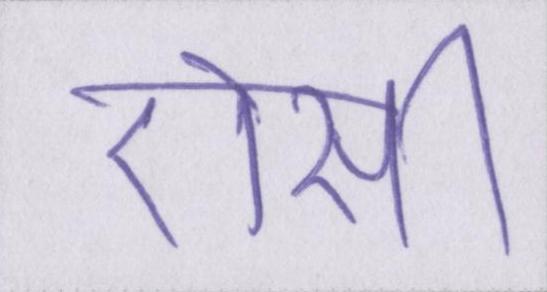
ऐसी